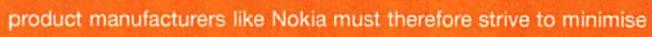
product manufacturers like Nokia must therefore strive to minimise